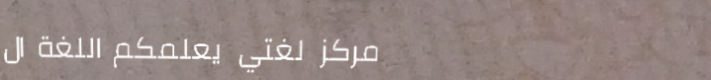
مركز لغتي يعلمكم اللغة ال